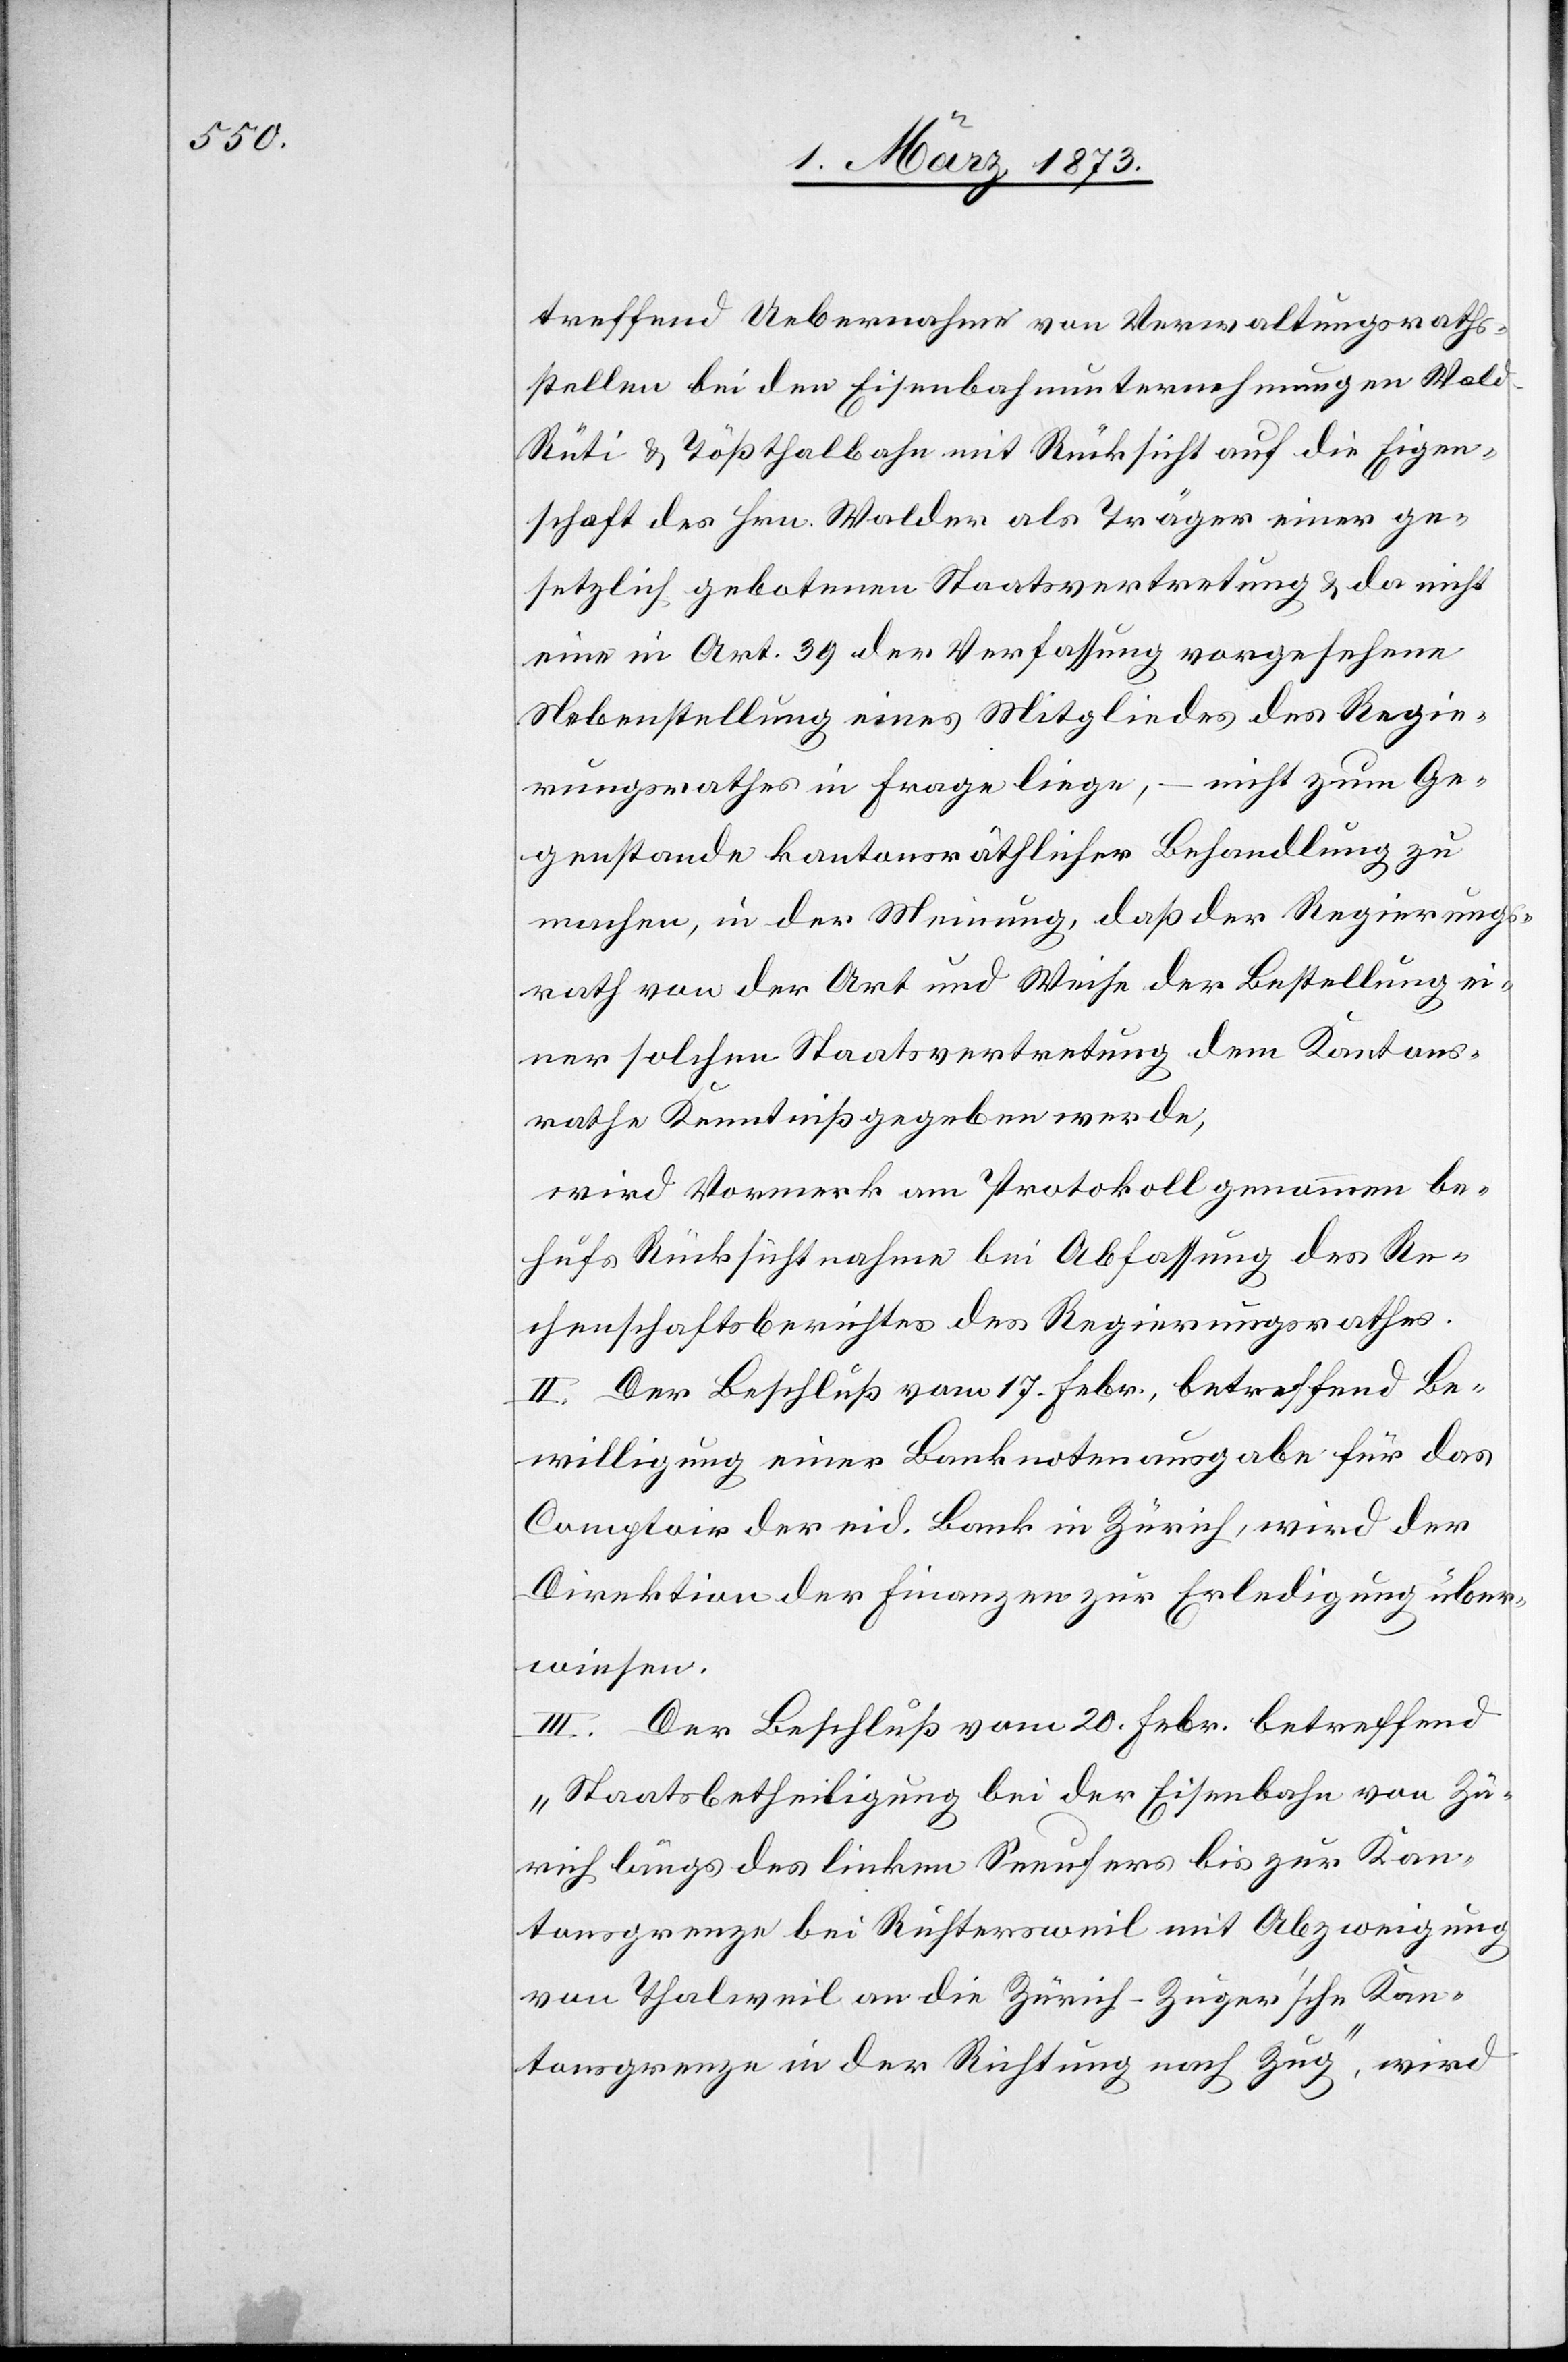
treffend Uebernahme von Verwaltungsraths¬
stellen bei den Eisenbahnunternehmungen Wal¬
d–Rüti u. Tößthalbahn mit Rücksicht auf die Eigen¬
schaft des Hrn. Walder als Träger einer ge¬
setzlich gebotenen Staatsvertretung u. da nicht
eine in Art. 39 der Verfassung vorgesehene
Nebenstellung eines Mitgliedes des Regie¬
rungsrathes in Frage liege, – nicht zum Ge¬
genstande kantonsräthlicher Behandlung zu
machen, in der Meinung, daß der Regierungs¬
rath von der Art und Weise der Bestellung ei¬
ner solchen Staatsvertretung dem Kantons¬
rathe Kenntniß gegeben werde,
wird Vormerk am Protokoll genommen be¬
hufs Rücksichtnahme bei Abfassung des Re¬
chenschaftsberichtes des Regierungsrathes.
II. Der Beschluß vom 17. Febr., betreffend Be¬
willigung einer Banknotenausgabe für das
Comptoir der eid. Bank in Zürich, wird der
Direktion der Finanzen zur Erledigung über¬
wiesen.
III. Der Beschluß vom 20. Febr. betreffend
„Staatsbetheiligung bei der Eisenbahn von Zü¬
rich längs des linken Seeufers bis zur Kan¬
tonsgrenze bei Richtersweil mit Abzweigung
von Thalweil an die Zürich-Zuger’sche Kan¬
tonsgrenze in der Richtung nach Zug“, wird